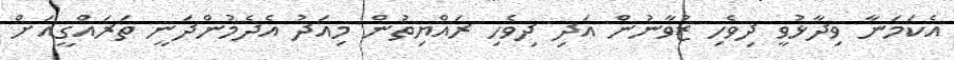
އެކަމަނާ ވިދާޅުވީ ދިވެހި ޒުވާނުން އަދި ދިވެހި ރައްޔިތުން މިއަދު އެދެމުންދަނީ ތަރައްގީއަށް